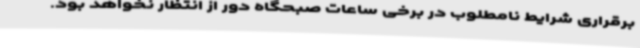
برقراری شرایط نامطلوب در برخی ساعات صبحگاه دور از انتظار نخواهد بود.